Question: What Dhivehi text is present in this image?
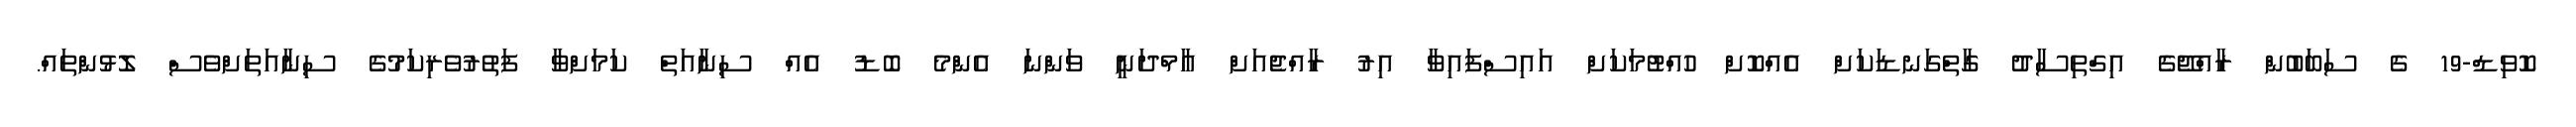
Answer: ކޮވިޑް-19 ގެ ސަބަބުން ރާއްޖޭގެ އިގްތިސާދު ގާތްގަނޑަކަށް އެއްކޮށް ހުއްޓުމަކަށް އައިސްފައިވާ އިރު ރާއްޖެއަށް އާމްދަނީ ވަންނަ އެންމެ ބޮޑު އެއް ސިނާއަތް ކަމަށްވާ ފަތުރުވެރިކަމުގެ ސިނާއަތަށްވެސް ލޮޅުންތައް.